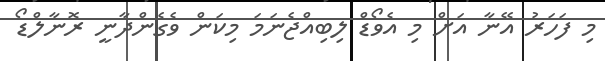
މި ފަހަރު އޭނާ އަށް މި އެވޯޑް ލިބިއްޖެނަމަ މިކަން ވެގެންދާނީ ރޮނާލްޑޯ